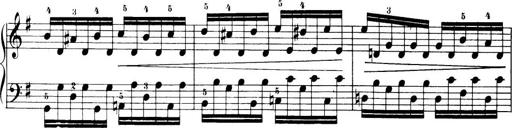
Title: 32 Sonatinas and Rondos for the Piano
Composer: Richard Kleinmichel